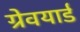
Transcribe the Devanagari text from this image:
ग्रेवयार्ड